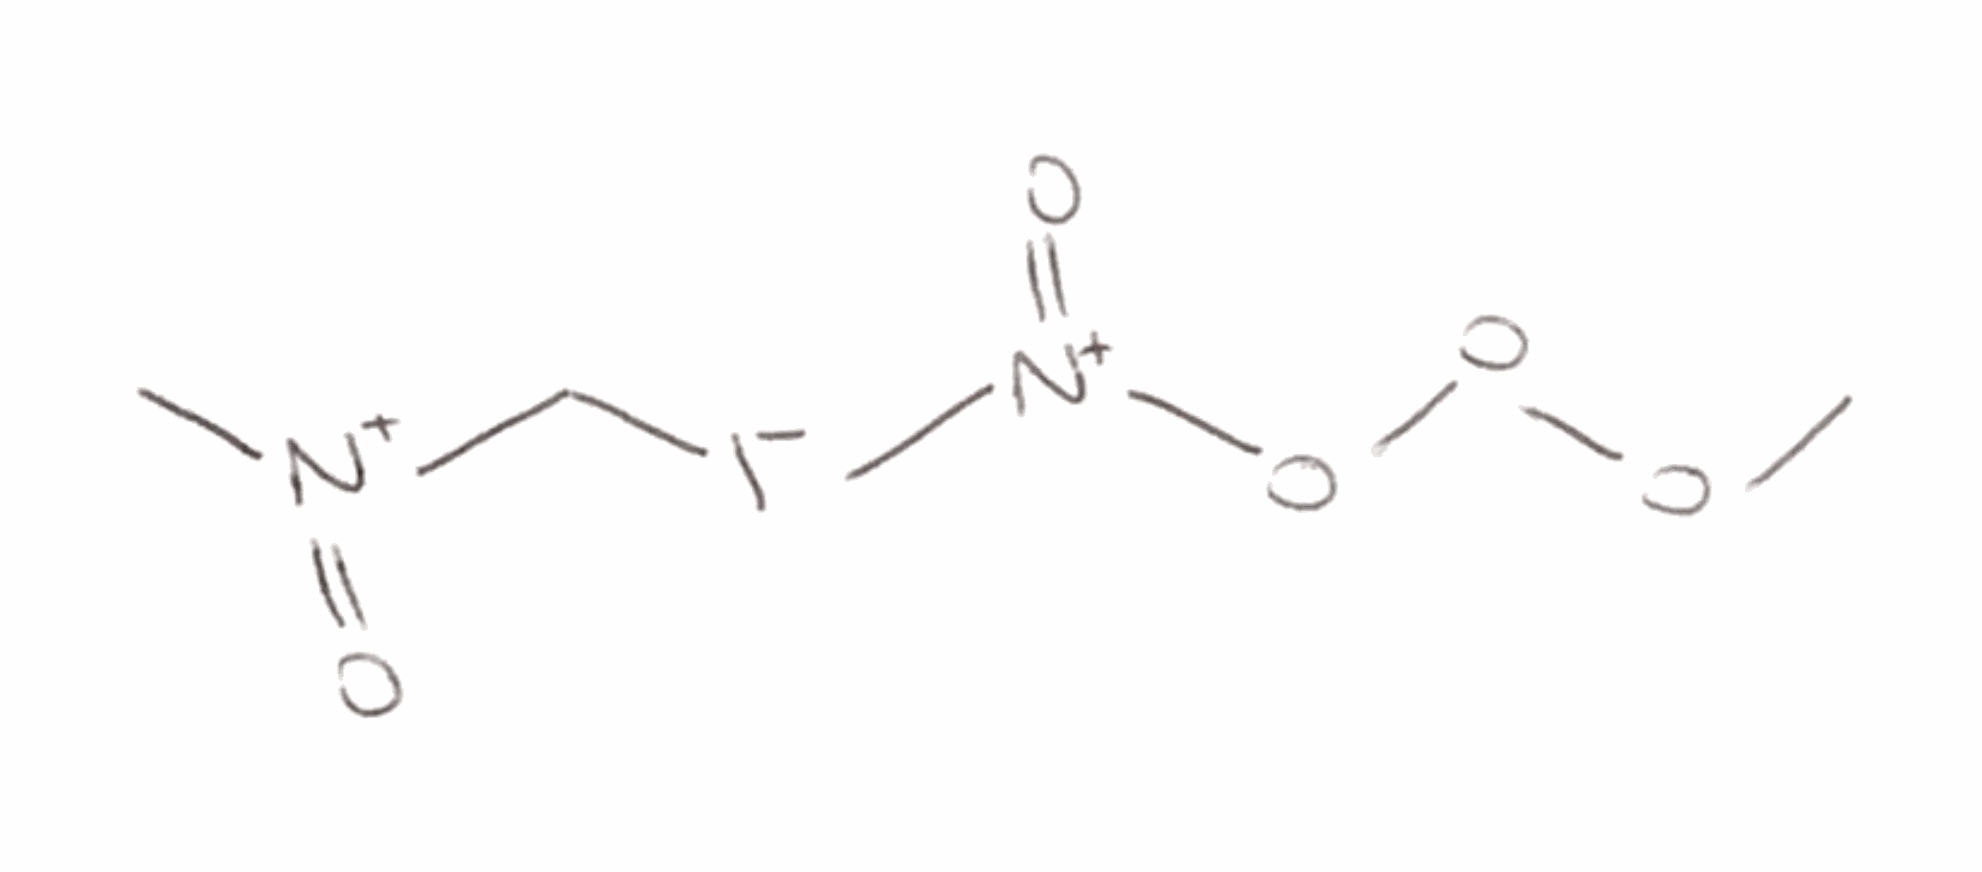
Simplified molecular-input line-entry system (SMILES) notation of the given molecule:
C[N+](=O)C[I-][N+](=O)OOOC